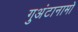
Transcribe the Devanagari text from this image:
गुअंटानामो